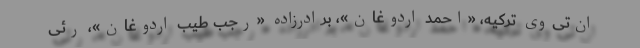
ان‌تی‌وی ترکیه، «احمد اردوغان»، برادر‌زاده «رجب طیب اردوغان»، رئی